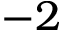
- 2